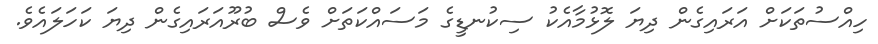
ހިއްސުތަކަށް އަރައިގެން ދިޔަ ލޮޅުމާއެކު ސިކުނޑީގެ މަސައްކަތަށް ވެސް ބުރޫއަރައިގެން ދިޔަ ކަހަލައެވެ.